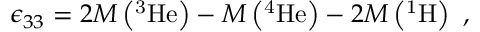
\epsilon _ { 3 3 } = 2 M \left( \mathrm { ^ 3 H e } \right) - M \left( \mathrm { ^ 4 H e } \right) - 2 M \left( \mathrm { ^ 1 H } \right) ~ ,